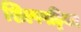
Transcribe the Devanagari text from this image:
शिल्पपट्टिका